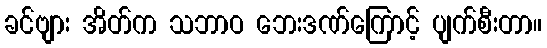
ခင်ဗျား အိတ်က သဘာဝ ဘေးဒဏ်ကြောင့် ပျက်စီးတာ။